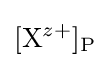
[\mathrm {X} ^{z+}]_{\text{P}}